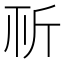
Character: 𣂘